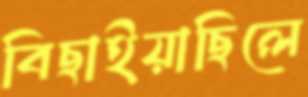
বিছাইয়াছিলে